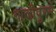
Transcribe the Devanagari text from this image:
गाजीपुरमें